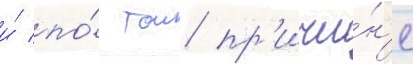
и́ по́ тои пр'ичи́н'е